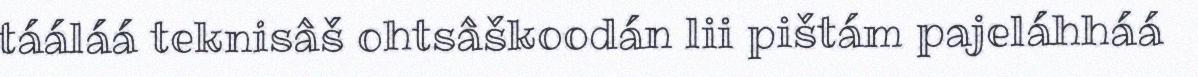
tááláá teknisâš ohtsâškoodán lii pištám pajeláhháá